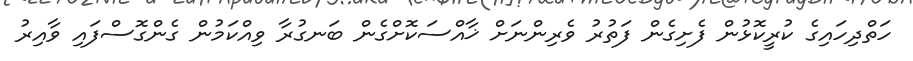
ހަތްދިހައިގެ ކުރީކޮޅުން ފެށިގެން ފަތުރު ވެރިންނަށް ޚާއްސަކޮށްގެން ބަނގުރާ ވިއްކަމުން ގެންގޮސްފައި ވާއިރު